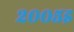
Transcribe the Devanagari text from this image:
२००५इ